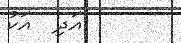
އަދި  އަކު